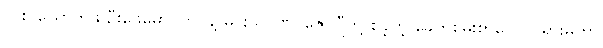
လုစ် ယောက်ဖ ဦးဖေမောင်တင်နဲ့ မင်းသုဝဏ်၊ ဇော်ဂျီတို့ စခဲ့တဲ့ ခေတ်စမ်းစာပေလှုပ်ရှားမှုဟာ